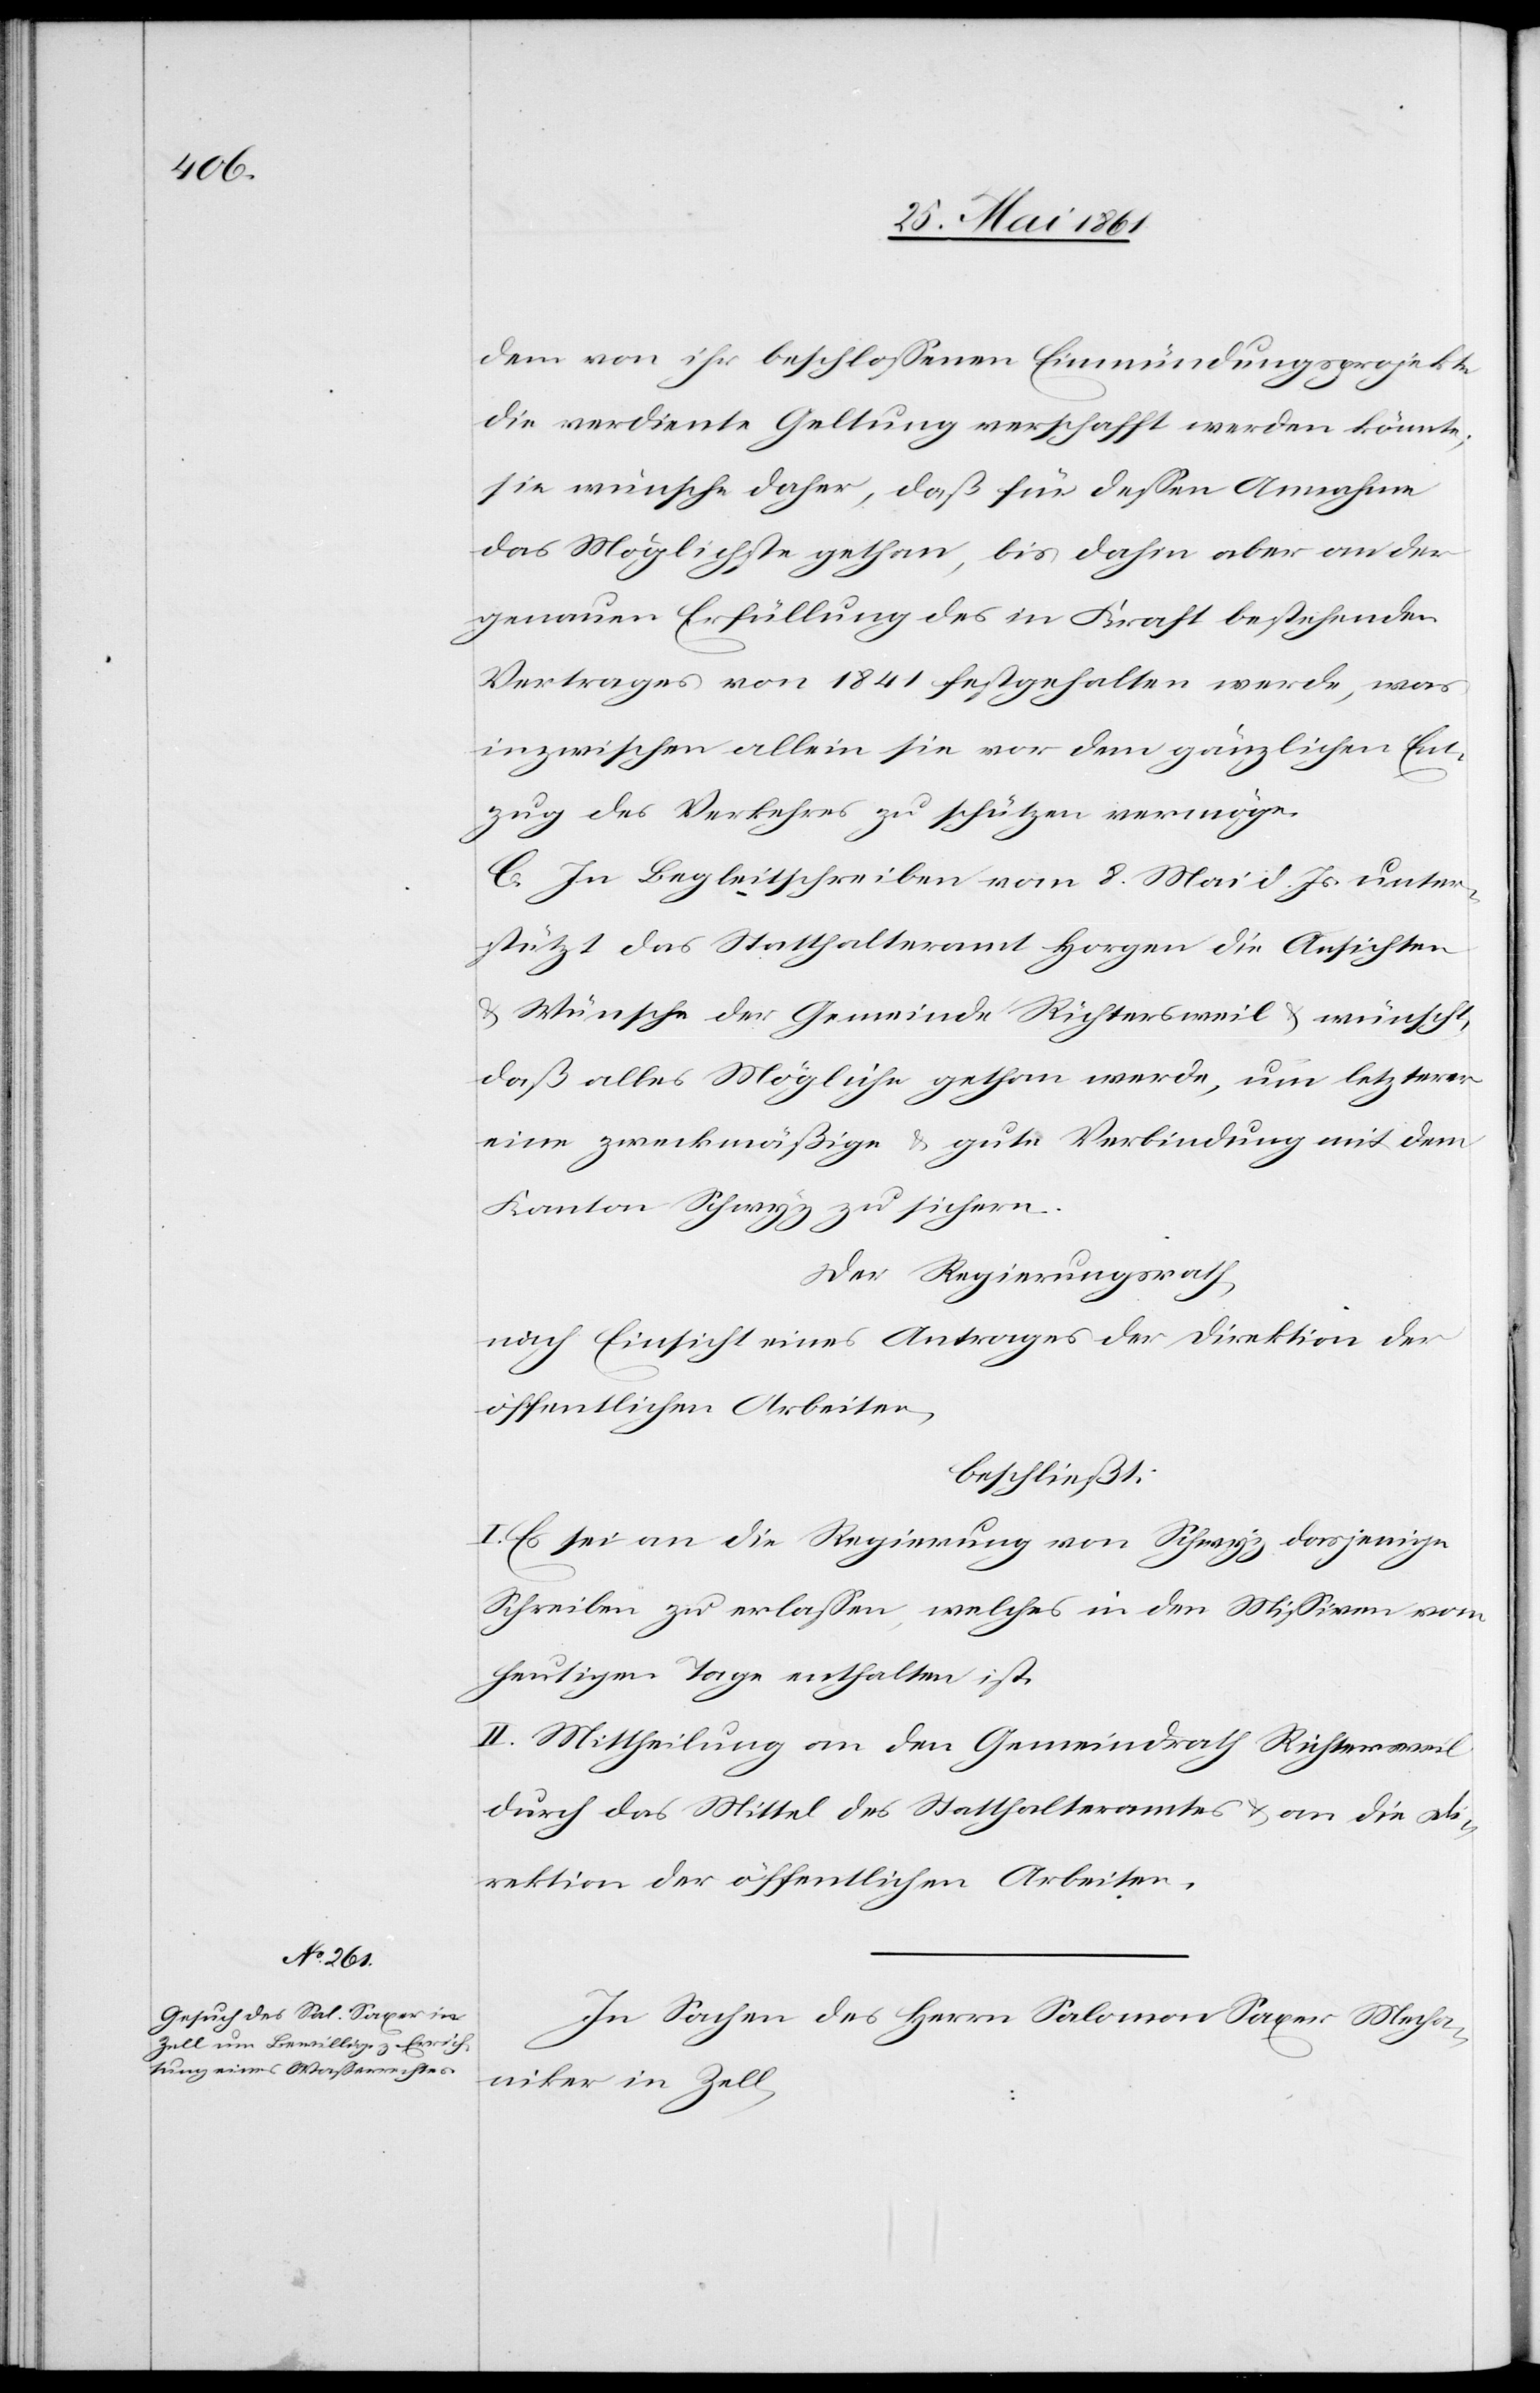
dem von ihr beschlossenen Einmündungsprojekte
die verdiente Geltung verschafft werden könnte;
sie wünsche daher, daß für dessen Annahme
das Möglichste gethan, bis dahin aber an der
genauen Erfüllung des in Kraft bestehenden
Vertrages von 1841 festgehalten werde, was
inzwischen allein sie vor dem gänzlichen Ent¬
zug des Verkehrs zu schützen vermöge.
C. In Begleitschreiben vom 8. Mai d. Js. unter¬
stützt das Statthalteramt Horgen die Ansichten
u. Wünsche der Gemeinde Richtersweil u. wünscht,
daß alles Mögliche gethan werde, um letzterer
eine zweckmäßige u. gute Verbindung mit dem
Kanton Schwyz zu sichern.
Der Regierungsrath,
nach Einsicht eines Antrages der Direktion der
öffentlichen Arbeiten,
beschließt:
I. Es sei an die Regierung von Schwyz dasjenige
Schreiben zu erlassen, welches in den Missiven vom
heutigen Tage enthalten ist.
II. Mittheilung an den Gemeindrath Richtersweil
durch das Mittel des Statthalteramtes u. an die Di¬
rektion der öffentlichen Arbeiten.
In Sachen des Herrn Salomon Saxer Mecha¬
niker in Zell,